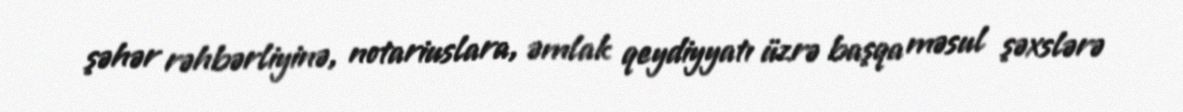
şəhər rəhbərliyinə, notariuslara, əmlak qeydiyyatı üzrə başqa məsul şəxslərə